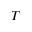
T